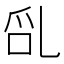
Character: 𠃭